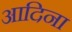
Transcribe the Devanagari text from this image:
आदिना